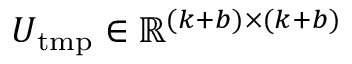
U _ { \mathrm { t m p } } \in \mathbb { R } ^ { ( k + b ) \times ( k + b ) }